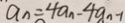
a _ { n } = 4 a _ { n } - 4 a _ { n - 1 }